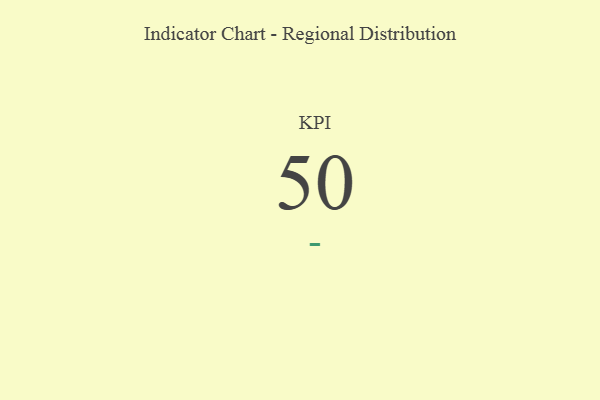
{"axis": {"x": "KPI", "y": "Value"}, "legend": [""], "data": [{"x": "KPI", "y": 50, "type": ""}]}